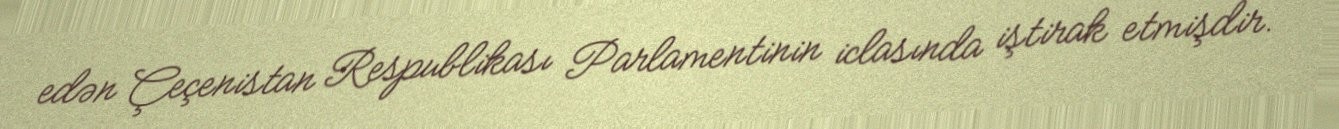
edən Çeçenistan Respublikası Parlamentinin iclasında iştirak etmişdir.